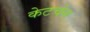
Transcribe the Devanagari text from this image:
केटचेन